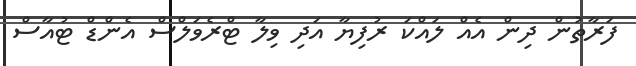
ފަރާތުން ދިން އެއް ލައްކަ ރުފިޔާ އަދި ވިލާ ޓްރެވަލްސް އެންޑް ޓުއާސް